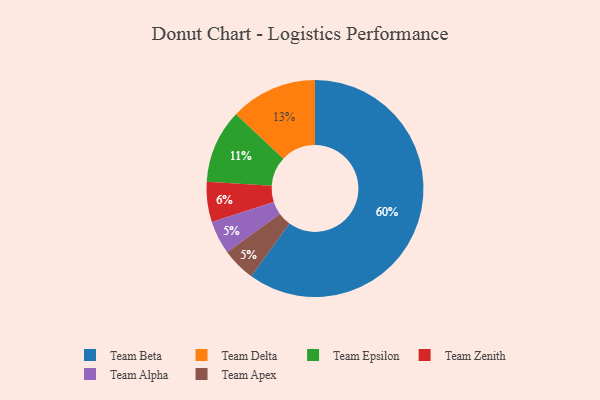
{"axis": {"x": "Category", "y": "Percentage"}, "legend": ["Team Alpha", "Team Apex", "Team Beta", "Team Delta", "Team Epsilon", "Team Zenith"], "data": [{"x": "Team Beta", "y": 60, "type": "Team Beta"}, {"x": "Team Epsilon", "y": 11, "type": "Team Epsilon"}, {"x": "Team Zenith", "y": 6, "type": "Team Zenith"}, {"x": "Team Alpha", "y": 5, "type": "Team Alpha"}, {"x": "Team Delta", "y": 13, "type": "Team Delta"}, {"x": "Team Apex", "y": 5, "type": "Team Apex"}]}